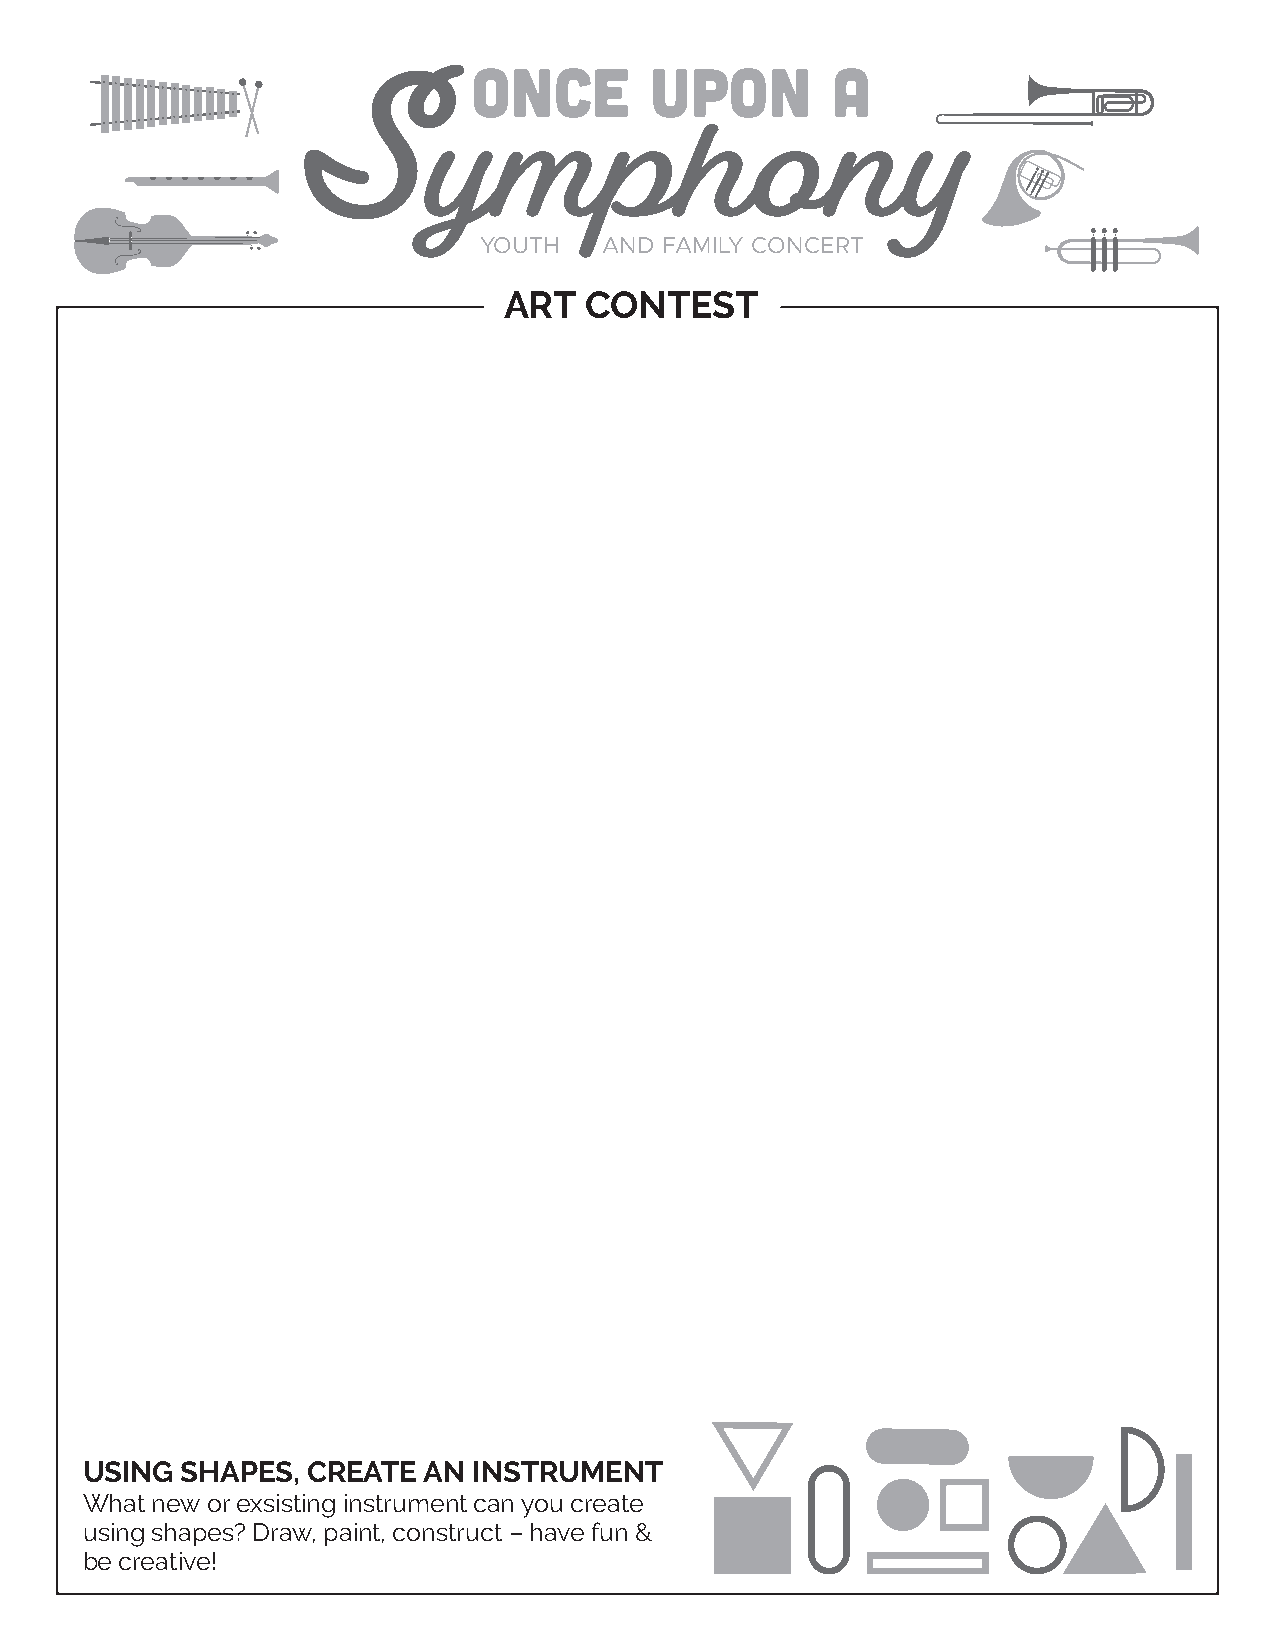
YOUTH   AND FAMILY CONCERT
 ART   CONTEST
 USING  SHAPES, CREATE  AN INSTRUMENT
 What new or exsisting instrument can you create
 using shapes? Draw, paint, construct – have fun &
 be creative!